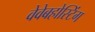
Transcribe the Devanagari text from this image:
वेवेबहोस्टिंग